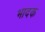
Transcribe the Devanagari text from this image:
भादक